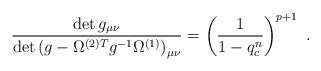
\begin{align*}\frac{\det g_{\mu\nu}} {\det \left(g-\Omega^{(2)T} g^{-1} \Omega^{(1)}\right)_{\mu\nu}} = \left(\frac{1}{1-q_{c}^{n}}\right)^{p+1}~.\end{align*}